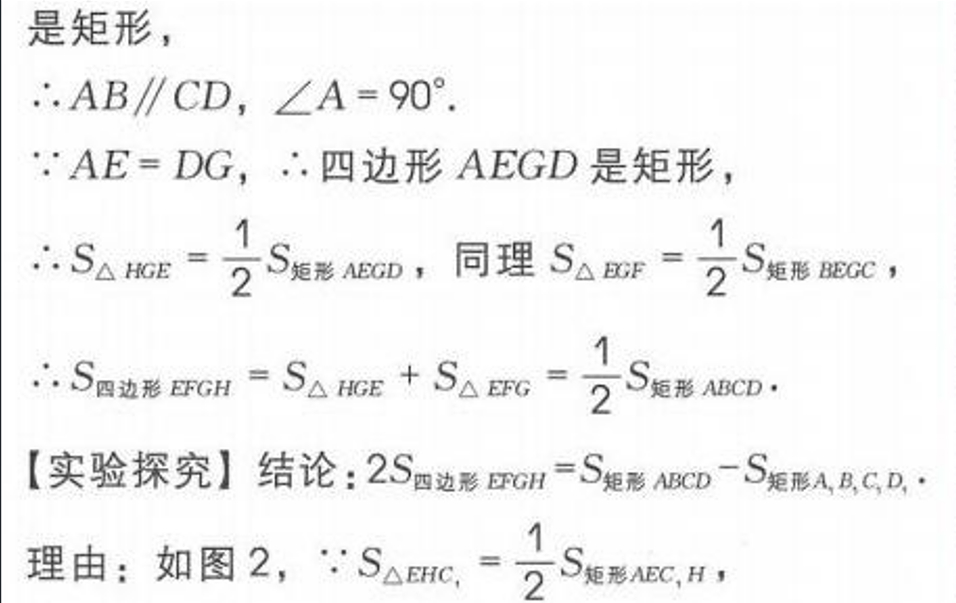
是矩形，
\(\therefore AB\parallel CD, \angle A = 90^{\circ}\).
\(\because AE = DG, \therefore\) 四边形 \(AEGD\) 是矩形，
\(\therefore S_{\triangle HGE}=\frac{1}{2}S_{矩形 AEGD}\)，同理 \(S_{\triangle EGF}=\frac{1}{2}S_{矩形 BEGC}\)，
\(\therefore S_{四边形 EFGH}=S_{\triangle HGE}+S_{\triangle EFG}=\frac{1}{2}S_{矩形 ABCD}\).
【实验探究】结论：\(2S_{四边形 EFGH}=S_{矩形 ABCD}-S_{矩形 A_{1}B_{1}C_{1}D_{1}}\).
理由：如图 2，\(\because S_{\triangle EHC_{1}}=\frac{1}{2}S_{矩形 AEC_{1}H}\)，